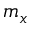
m _ { x }